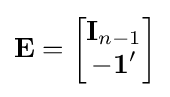
\mathbf {E} ={\begin{bmatrix}\mathbf {I} _{n-1}\\-{\boldsymbol {1}}'\end{bmatrix}}